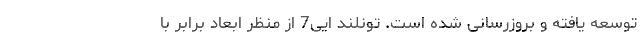
توسعه یافته و بروزرسانی شده است. تونلند ایی7 از منظر ابعاد برابر با